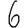
Digit: 6